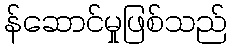
န်ဆောင်မှုဖြစ်သည်